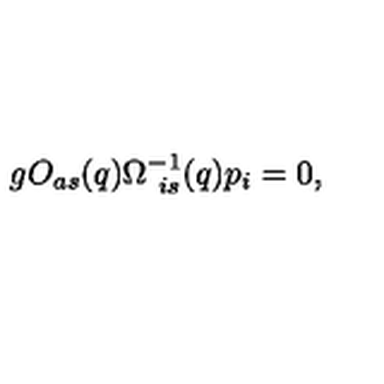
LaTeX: g O _ { a s } ( q ) \Omega _ { \ i s } ^ { - 1 } ( q ) p _ { i } = 0 ,